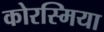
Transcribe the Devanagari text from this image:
कोरस्मिया